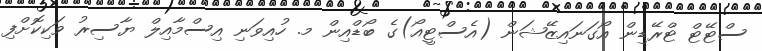
ސްޓޭޓް ޓްރޭޑިން އޯގަނައިޒޭޝަން (އެސްޓީއޯ)ގެ ބޯޑްއިން މ. ހުއިވަނި އިސްމާއިލް ޔާސިރު ވަކިކޮށްފި